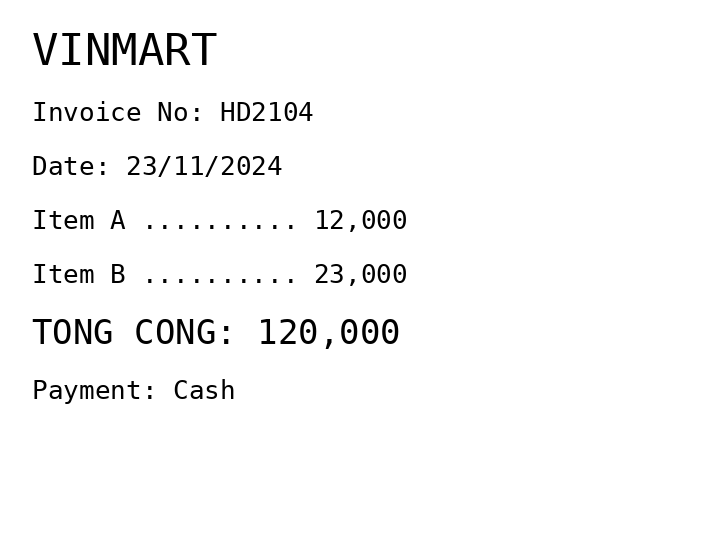
VINMART
Invoice No: HD2104
Date: 23/11/2024
Item A .......... 12,000
Item B .......... 23,000
TONG CONG: 120,000
Payment: Cash
Merchant: vinmart
Date: 2024-11-23
Total: 120000
Invoice No: HD2104
Payment method: CASH